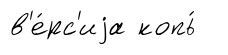
в'е́рс'иjа копь́